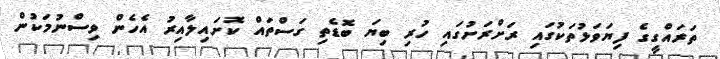
ތަރައްގީގެ ފިޔަވަޅުތަކުގައި ރަށްރަށުގައި ހުރި ބިޔަ ބޮޑެތި ގަސްތައް ކޮށައިލާއިރު އެހެން ވިސްނުމަކުން